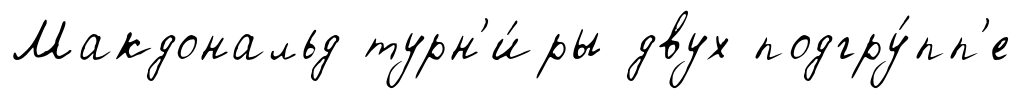
Макдональд турн'и́ры двух подгру́пп'е